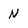
Character: N